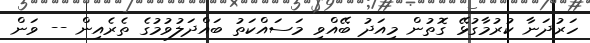
ހަރުދަނާ ކުރުމާގުޅޭ ގޮތުން މިއަދު ބޭއްވި މަސައްކަތު ބައްދަލުވުމުގެ ތެރެއިން -- ވަން